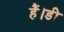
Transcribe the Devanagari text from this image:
हैं।डी